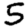
Digit: 5